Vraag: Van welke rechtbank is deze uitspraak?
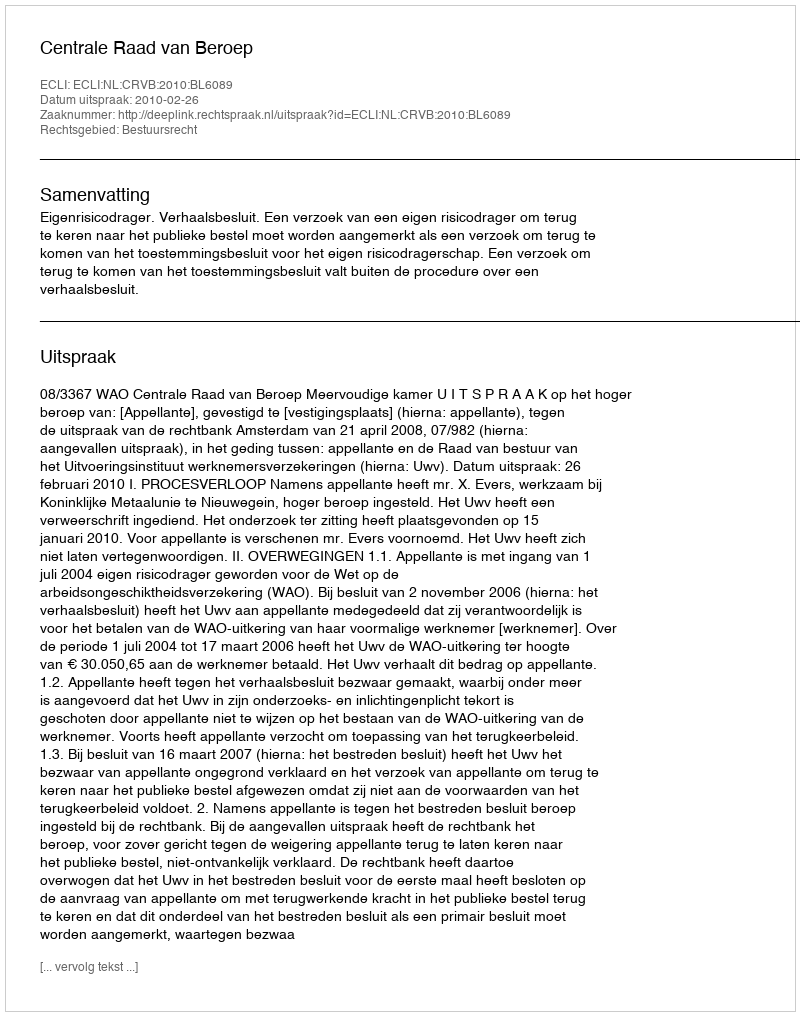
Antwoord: Centrale Raad van Beroep